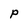
Character: P